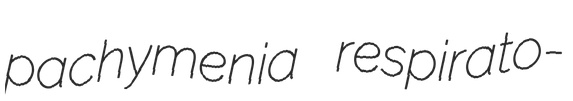
pachymenia respirato-